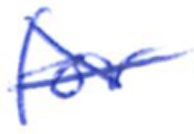
Text: for
Cross-out: cross
Writing tool: ballpoint